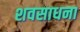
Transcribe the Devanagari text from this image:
शवसाधना